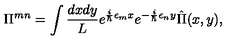
\Pi ^ { m n } = \int { \frac { d x d y } { L } } e ^ { { \frac { i } { \hbar } } \epsilon _ { m } x } e ^ { - { \frac { i } { \hbar } } \epsilon _ { n } y } \hat { \Pi } ( x , y ) ,